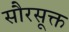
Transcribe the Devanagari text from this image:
सौरसूक्त